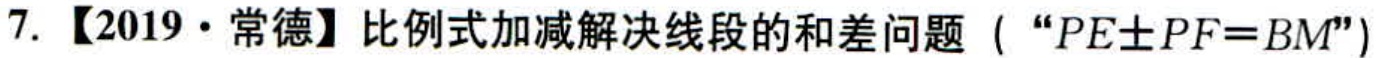
7. 【2019·常德】比例式加减解决线段的和差问题（“\(PE\pm PF = BM\)”）